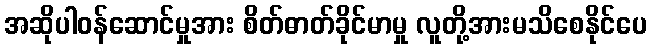
အဆိုပါဝန်ဆောင်မှုအား စိတ်ဓာတ်ခိုင်မာမှု လူတို့အားမသိစေနိုင်ပေ